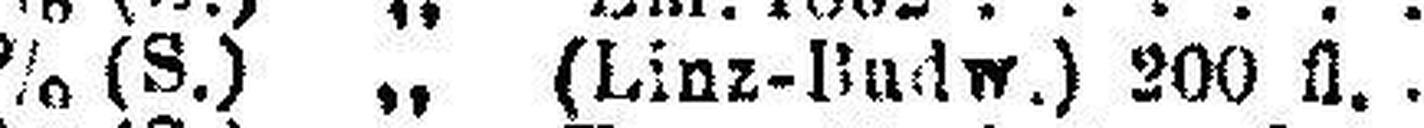
3% (S.) „ (Linz-Budw.) 200 fl.